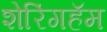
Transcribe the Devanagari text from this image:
शेरिंगहॅम